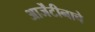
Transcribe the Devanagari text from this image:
आर्जेंटीनाचे